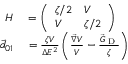
\begin{array} { r l } { H } & { { } = \left( \begin{array} { l l } { \zeta / 2 } & { V } \\ { V } & { \zeta / 2 } \end{array} \right) } \\ { \vec { d } _ { 0 1 } } & { { } = \frac { \zeta V } { \Delta E ^ { 2 } } \left( \frac { \vec { \nabla } V } { V } - \frac { \vec { G } _ { \textrm { D } } } { \zeta } \right) } \end{array}